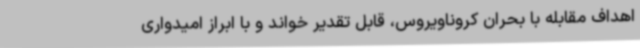
اهداف مقابله با بحران کروناویروس، قابل تقدیر خواند و با ابراز امیدواری